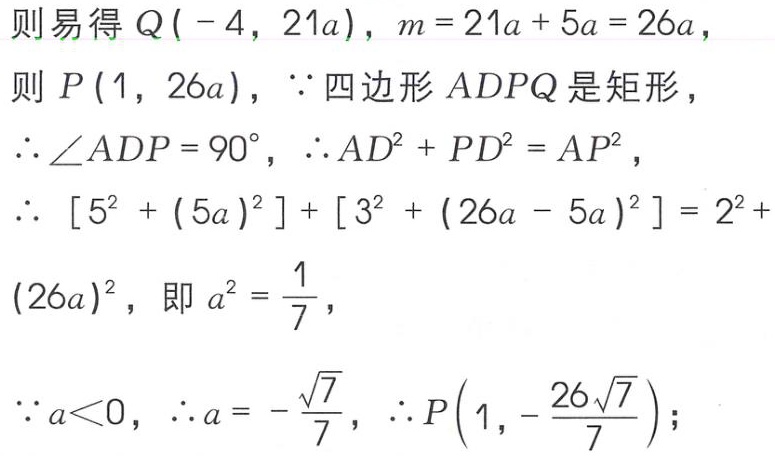
则易得 \(Q( - 4,21a)\)，\(m = 21a + 5a = 26a\)，
则 \(P(1,26a)\)，\(\because\)四边形 \(ADPQ\) 是矩形，
\(\therefore\angle ADP = 90^{\circ}\)，\(\therefore AD^{2}+PD^{2}=AP^{2}\)，
\(\therefore [5^{2}+(5a)^{2}]+[3^{2}+(26a - 5a)^{2}]=2^{2}+(26a)^{2}\)，即 \(a^{2}=\frac{1}{7}\)，
\(\because a<0\)，\(\therefore a = -\frac{\sqrt{7}}{7}\)，\(\therefore P\left(1,-\frac{26\sqrt{7}}{7}\right)\)；